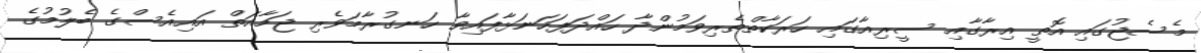
މެސެޖުގައި އޮތީ އިރާގާއި ސީރިއާގައި ހަރަކާތްތެރިވަމުންދާ ހައްދަފަހަނަޅާފައިވާ ހަނގުރާމަވެރި ޖަމާއަތް އައިއެސްގެ ބެލުމުގެ